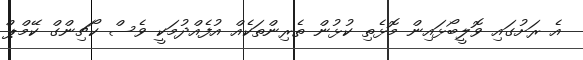
އެ ރަށުގައި ވޮލީބޯޅައިން މޮޅެތި ކުޅުން ތެރިންތަކެއް އުފެއްދުމަކީ ވެސް ކޯޗިންގް ކޭމްޕް